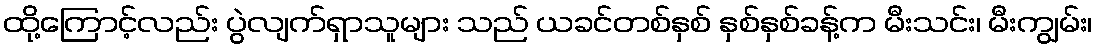
ထို့ကြောင့်လည်း ပွဲလျက်ရှာသူများ သည် ယခင်တစ်နှစ် နှစ်နှစ်ခန့်က မီးသင်း၊ မီးကျွမ်း၊